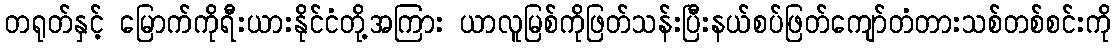
တရုတ်နှင့် မြောက်ကိုရီးယားနိုင်ငံတို့အကြား ယာလူမြစ်ကိုဖြတ်သန်းပြီးနယ်စပ်ဖြတ်ကျော်တံတားသစ်တစ်စင်းကို